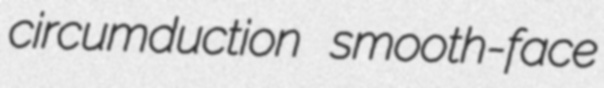
circumduction smooth-face